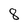
Character: 8